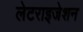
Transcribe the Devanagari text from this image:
लेटराइजेशन